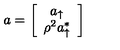
a = \left[ \begin{array} { c } { a _ { \uparrow } } \\ { \rho ^ { 2 } a _ { \uparrow } ^ { * } } \\ \end{array} \right]